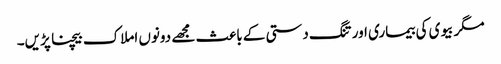
مگر بیوی کی بیماری اور تنگ دستی کے باعث مجھے دونوں املاک بیچنا پڑیں۔